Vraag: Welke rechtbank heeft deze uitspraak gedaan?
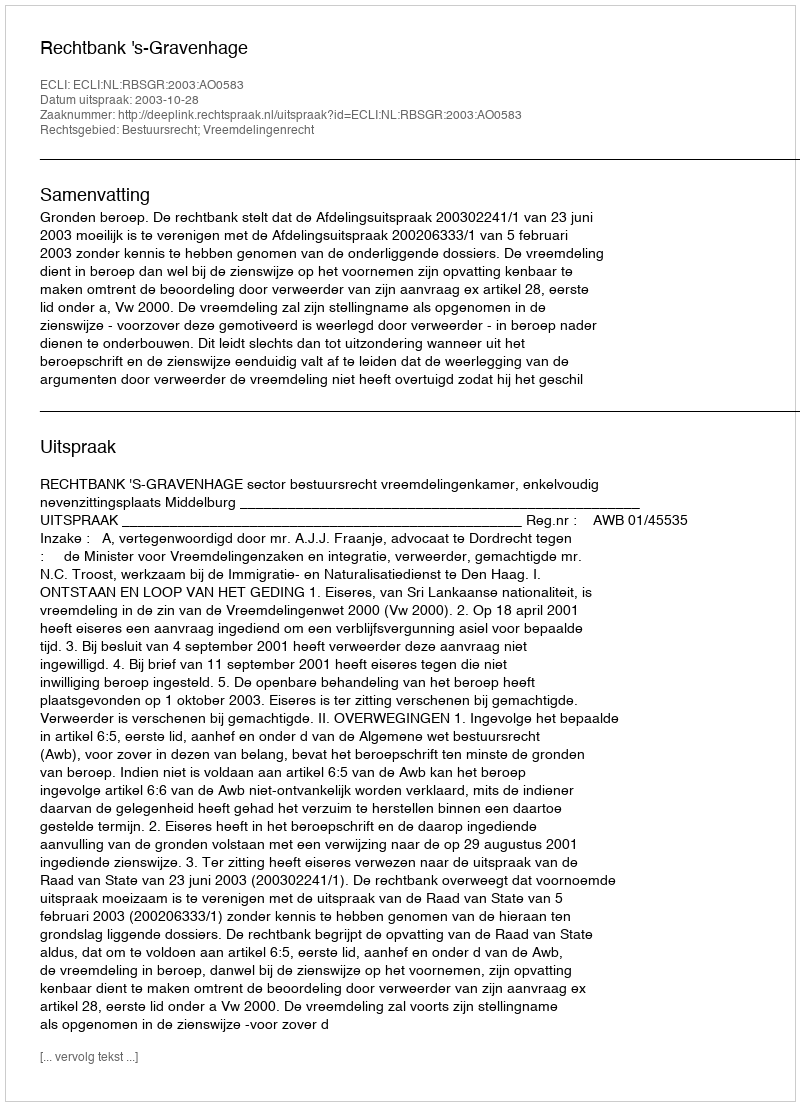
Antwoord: Rechtbank 's-Gravenhage